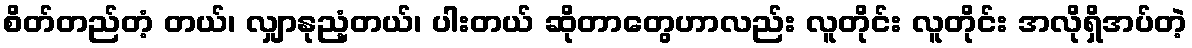
စိတ်တည်တံ့ တယ်၊ လျှာနုညံ့တယ်၊ ပါးတယ် ဆိုတာတွေဟာလည်း လူတိုင်း လူတိုင်း အလိုရှိအပ်တဲ့